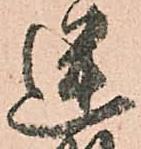
迷